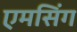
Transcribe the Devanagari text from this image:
एमसिंग